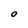
Character: O